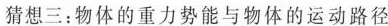
猜想三：物体的重力势能与物体的运动路径